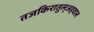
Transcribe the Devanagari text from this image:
तजकिरातुल्अहवाल